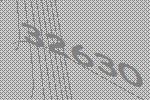
32630